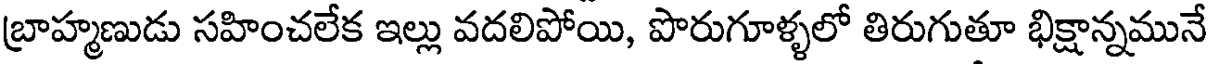
బ్రాహ్మణుడు సహించలేక ఇల్లు వదలిపోయి, పొరుగూళ్ళలో తిరుగుతూ భిక్షాన్నమునే